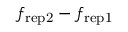
f _ { \mathrm { r e p 2 } } - f _ { \mathrm { r e p 1 } }